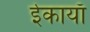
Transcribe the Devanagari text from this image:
ईकायाँ